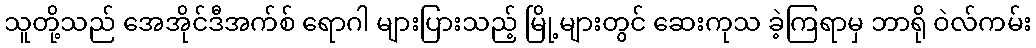
သူတို့သည် အေအိုင်ဒီအက်စ် ရောဂါ များပြားသည့် မြို့များတွင် ဆေးကုသ ခဲ့ကြရာမှ ဘာရို ဝဲလ်ကမ်း